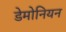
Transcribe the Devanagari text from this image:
डेमोनियन